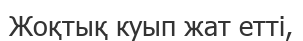
Жоқтық куып жат етті,